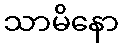
သာမိနော